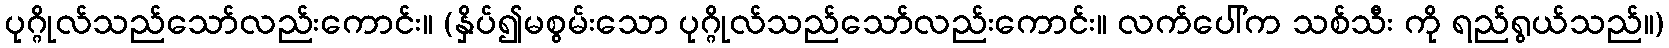
ပုဂ္ဂိုလ်သည်သော်လည်းကောင်း။ (နှိပ်၍မစွမ်းသော ပုဂ္ဂိုလ်သည်သော်လည်းကောင်း။ လက်ပေါ်က သစ်သီး ကို ရည်ရွယ်သည်။)